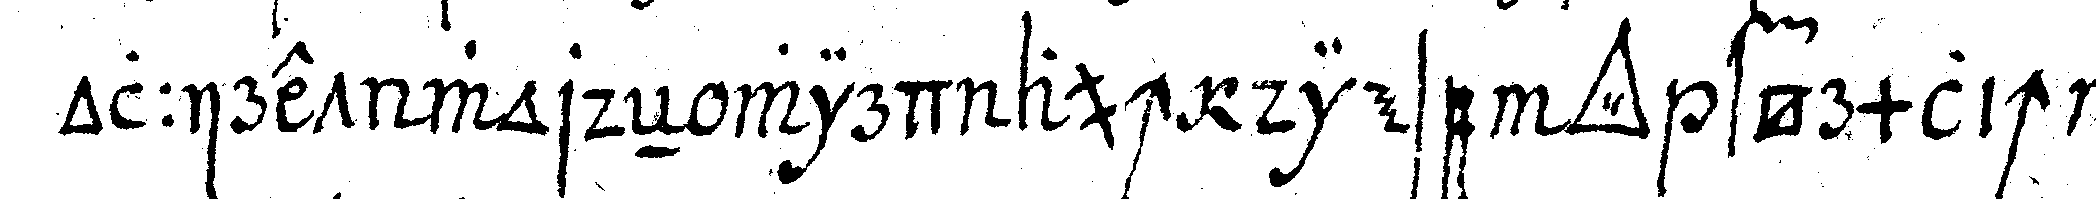
olliret wordeN wird auch diese *tri..* förmlich